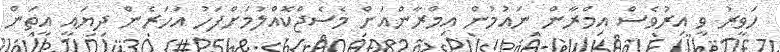
ހަވީރު ވީ އިރުވެސް އިމްރާން ނައުމުން އިމްރާންއަށް މެސެޖްކޮއްލުމަށްފަހު އަހަރެން ދިޔައީ އީތަން